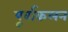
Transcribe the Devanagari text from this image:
पूर्वाकलन